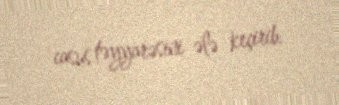
casus təyyarəsini ələ keçirib.